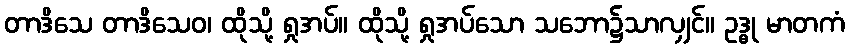
တာဒိသေ တာဒိသေဝ၊ ထိုသို့ ရှုအပ်။ ထိုသို့ ရှုအပ်သော သဘော၌သာလျှင်။ ဥဒ္ဓု မာတကံ